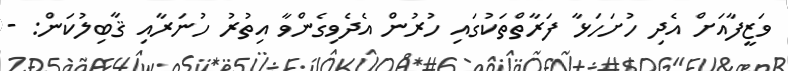
ވަޒީފާއަށް އެދި ހުށަހަޅާ ފަރާތްތަކުގައި ހުރުން އެދެވިގެންވާ އިތުރު ހުނަރާއި ޤާބިލުކަން: -